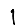
Digit: 1